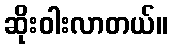
ဆိုးဝါးလာတယ်။